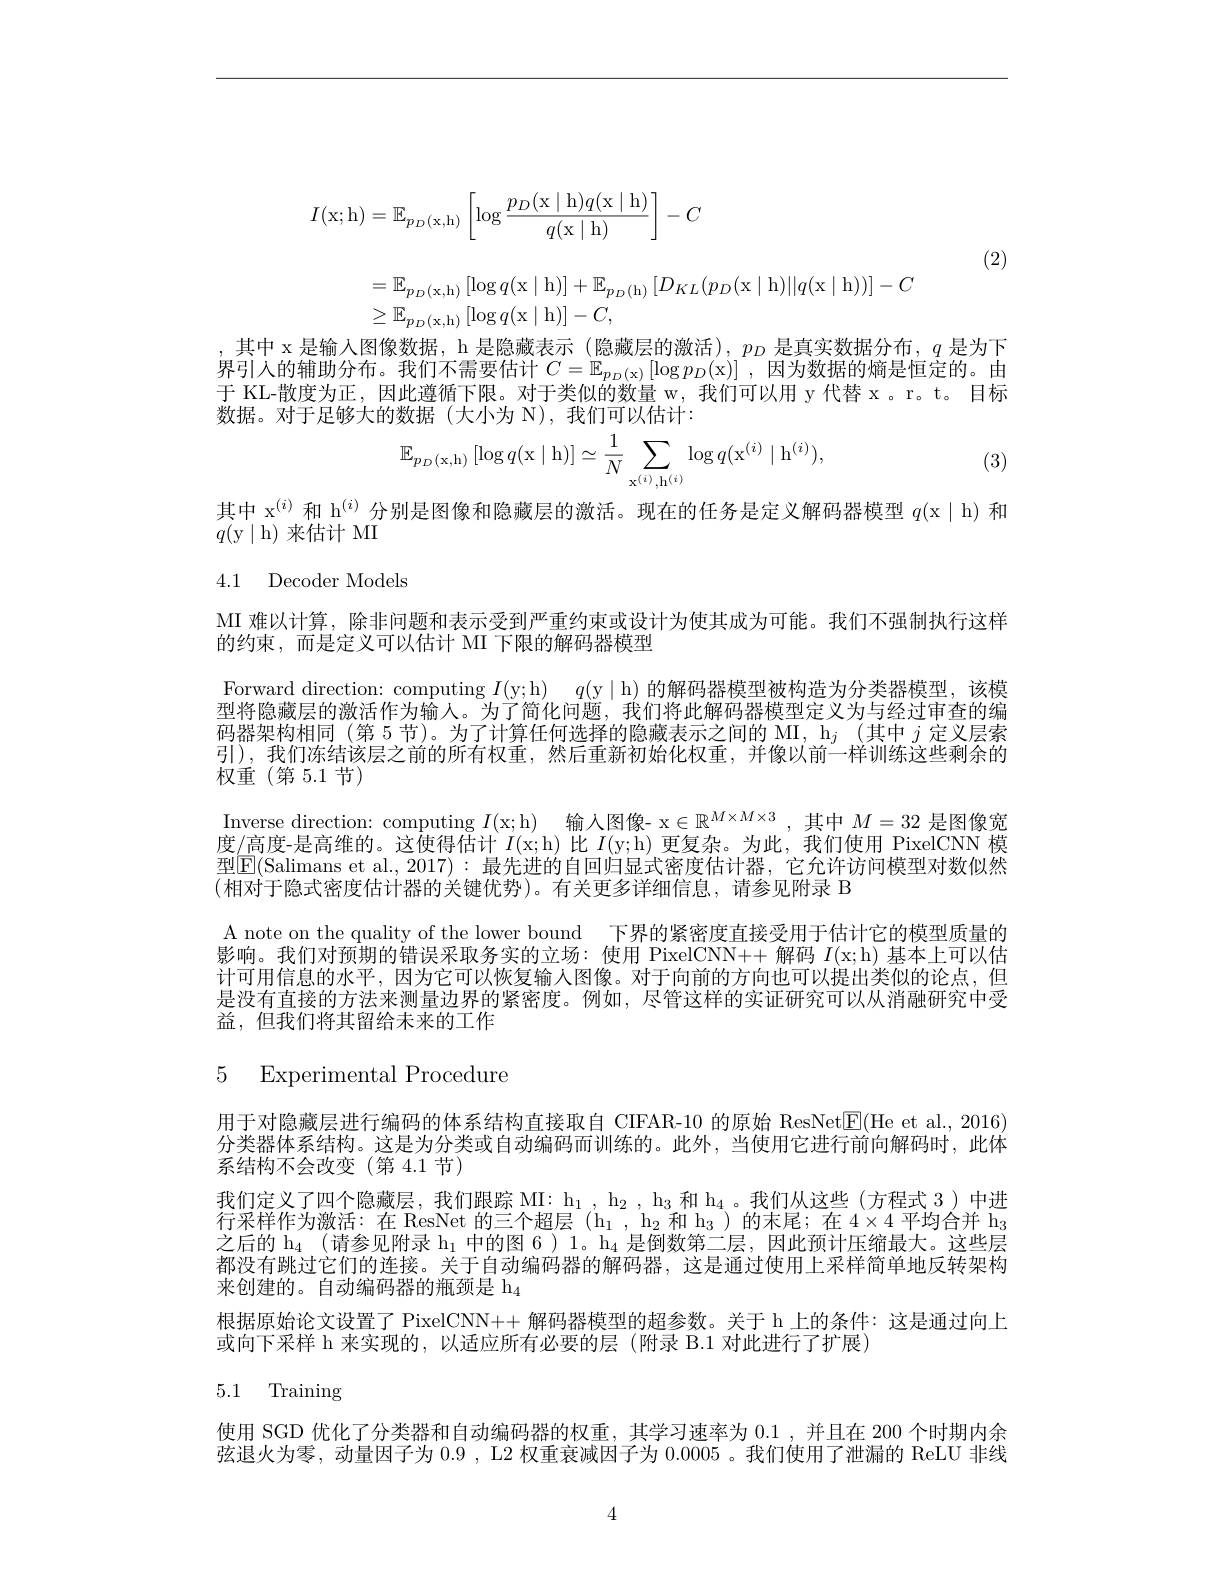
$$\begin{aligned}I(\mathrm{x;h})&=\mathbb{E}_{p_{D}(\mathrm{x,h})}\left[\log\frac{p_{D}(\mathrm{x}\mid\mathrm{h})q(\mathrm{x}\mid\mathrm{h})}{q(\mathrm{x}\mid\mathrm{h})}\right]-C\\&=\mathbb{E}_{p_{D}(\mathrm{x,h})}\left[\log q(\mathrm{x}\mid\mathrm{h})\right]+\mathbb{E}_{p_{D}(\mathrm{h})}\left[D_{KL}(p_{D}(\mathrm{x}\mid\mathrm{h})||q(\mathrm{x}\mid\mathrm{h}))\right]-C\\&\geq\mathbb{E}_{p_{D}(\mathrm{x,h})}\left[\log q(\mathrm{x}\mid\mathrm{h})\right]-C,\end{aligned}$$
(2)

,其中 x 是输入图像数据，h 是隐藏表示 (隐藏层的激活), $p_D$是真实数据分布，$q$是为下界引入的辅助分布。我们不需要估计$C=\mathbb{E}_{p_D(\mathbf{x})}\left[\log p_D(\mathbf{x})\right]$,因为数据的熵是恒定的。由于 KL-散度为正，因此遵循下限。对于类似的数量 w, 我们可以用 y 代替 x 。r。t。目标数据。对于足够大的数据(大小为 N),我们可以估计：
$$\mathbb{E}_{p_D(\mathrm x,\mathrm h)}\left[\log q(\mathrm x\mid\mathrm h)\right]\simeq\frac{1}{\mathrm N}\sum_{\mathrm x^{(i)},\mathrm h^{(i)}}\log q(\mathrm x^{(i)}\mid\mathrm h^{(i)}),$$
(3)

其中 x$^{(i)}$和 h$^{(i)}$分别是图像和隐藏层的激活。现在的任务是定义解码器模型$q($x| h)和
$q($y$\mid$h)来估计 MI

4.1 Decoder Models

MI 难以计算，除非问题和表示受到严重约束或设计为使其成为可能。我们不强制执行这样
的约束，而是定义可以估计 MI 下限的解码器模型

Forward direction: computing $I($y; h) $q($y | h)的解码器模型被构造为分类器模型，该模型将隐藏层的激活作为输人。为了简化问题，我们将此解码器模型定义为与经过审查的编码器架构相同 (第 5节)。为了计算任何选择的隐藏表示之间的 MI, h$_j$ (其中$j$定义层索引),我们冻结该层之前的所有权重，然后重新初始化权重，并像以前一样训练这些剩余的权重(第5.1节)
Inverse direction: computing $I($x; h) 输入图像- x$\in\mathbb{R}^M\times M\times3$,其中$M=32$是图像宽度/高度-是高维的。这使得估计$I($x; h)比$I($y; h)更复杂。为此，我们使用 PixelCNN 模型$\boxed{\mathrm{F}}($Salimans et al.,2017): 最先进的自回归显式密度估计器，它允许访问模型对数似然(相对于隐式密度估计器的关键优势)。有关更多详细信息，请参见附录 B
A note on the quality of the lower bound 下界的紧密度直接受用于估计它的模型质量的影响。我们对预期的错误采取务实的立场：使用 PixelCNN++ 解码$I($x;h)基本上可以估计可用信息的水平，因为它可以恢复输入图像。对于向前的方向也可以提出类似的论点，但是没有直接的方法来测量边界的紧密度。例如，尽管这样的实证研究可以从消融研究中受益，但我们将其留给未来的工作

5 Experimental Procedure

用于对隐藏层进行编码的体系结构直接取自 CIFAR-10 的原始 ResNet$\boxed{\mathrm{E}}($He et al., 2016) 分类器体系结构。这是为分类或自动编码而训练的。此外，当使用它进行前向解码时，此体系结构不会改变(第 4.1节)
我们定义了四个隐藏层，我们跟踪 MI: h$_1,\mathrm{~h}_2,\mathrm{~h}_3$和$\mathrm{h}_4$。我们从这些 (方程式 3)中进行采样作为激活：在 ResNet 的三个超层(h$_1,\mathrm{h}_2$和$\mathrm{h}_3)$的末尾；在 4$\times4$平均合并 h$_3$ 之后的 h$_4$ (请参见附录 h$_1$中的图 6)1。h$_4$是倒数第二层，因此预计压缩最大。这些层都没有跳过它们的连接。关于自动编码器的解码器，这是通过使用上采样简单地反转架构来创建的。自动编码器的瓶颈是 h$_4$
根据原始论文设置了 PixelCNN++ 解码器模型的超参数。关于 h 上的条件：这是通过向上
或向下采样 h 来实现的，以适应所有必要的层 (附录 B.1 对此进行了扩展)

# 5.1 Training

使用 SGD 优化了分类器和自动编码器的权重，其学习速率为0.1 , 并且在 200 个时期内余弦退火为零，动量因子为 0.9 , L2 权重衰减因子为 0.0005 。我们使用了泄漏的 ReLU 非线

4